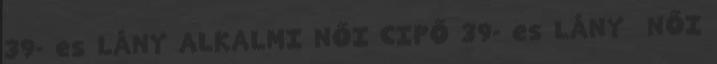
39- es LÁNY ALKALMI NŐI CIPŐ 39- es LÁNY NŐI